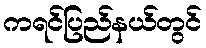
ကရင်ပြည်နယ်တွင်